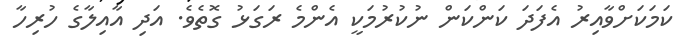
ކަމަކަށްވާއިރު އެފަދަ ކަންކަން ނުކުރުމަކީ އެންމެ ރަގަޅު ގޮތެވެ. އަދި އާއިލާގެ ހުރިހާ